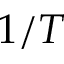
1 / T